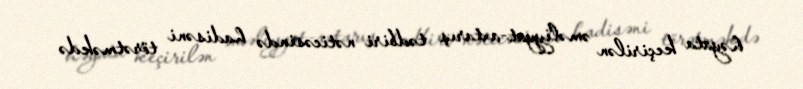
həyata keçirilən əməliyyat-axtarış tədbiri nəticəsində hadisəni törətməkdə